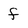
Character: f